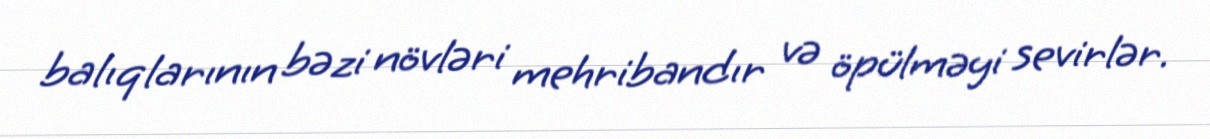
balıqlarının bəzi növləri mehribandır və öpülməyi sevirlər.